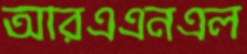
আরএএনএল